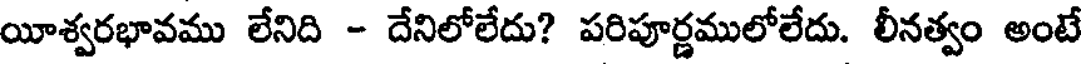
యీశ్వరభావము లేనిది - దేనిలోలేదు? పరిపూర్ణములోలేదు. లీనత్వం అంటే